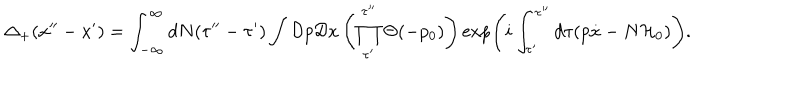
LaTeX: \Delta _ { + } ( x ^ { \prime \prime } - x ^ { \prime } ) = \int _ { - \infty } ^ { \infty } d N ( \tau ^ { \prime \prime } - \tau ^ { \prime } ) \int { \cal D } p { \cal D } x \left( \prod _ { \tau ^ { \prime } } ^ { \tau ^ { \prime \prime } } \Theta ( - p _ { 0 } ) \right) \exp \left( i \int _ { \tau ^ { \prime } } ^ { \tau ^ { \prime \prime } } d \tau ( p \dot { x } - N { \cal H } _ { 0 } ) \right) .